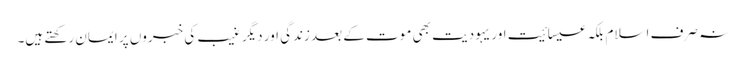
نہ صرف اسلام بلکہ عیسائیت اور یہودیت بھی موت کے بعد زندگی اور دیگر غیب کی خبروں پر ایمان رکھتے ہیں۔